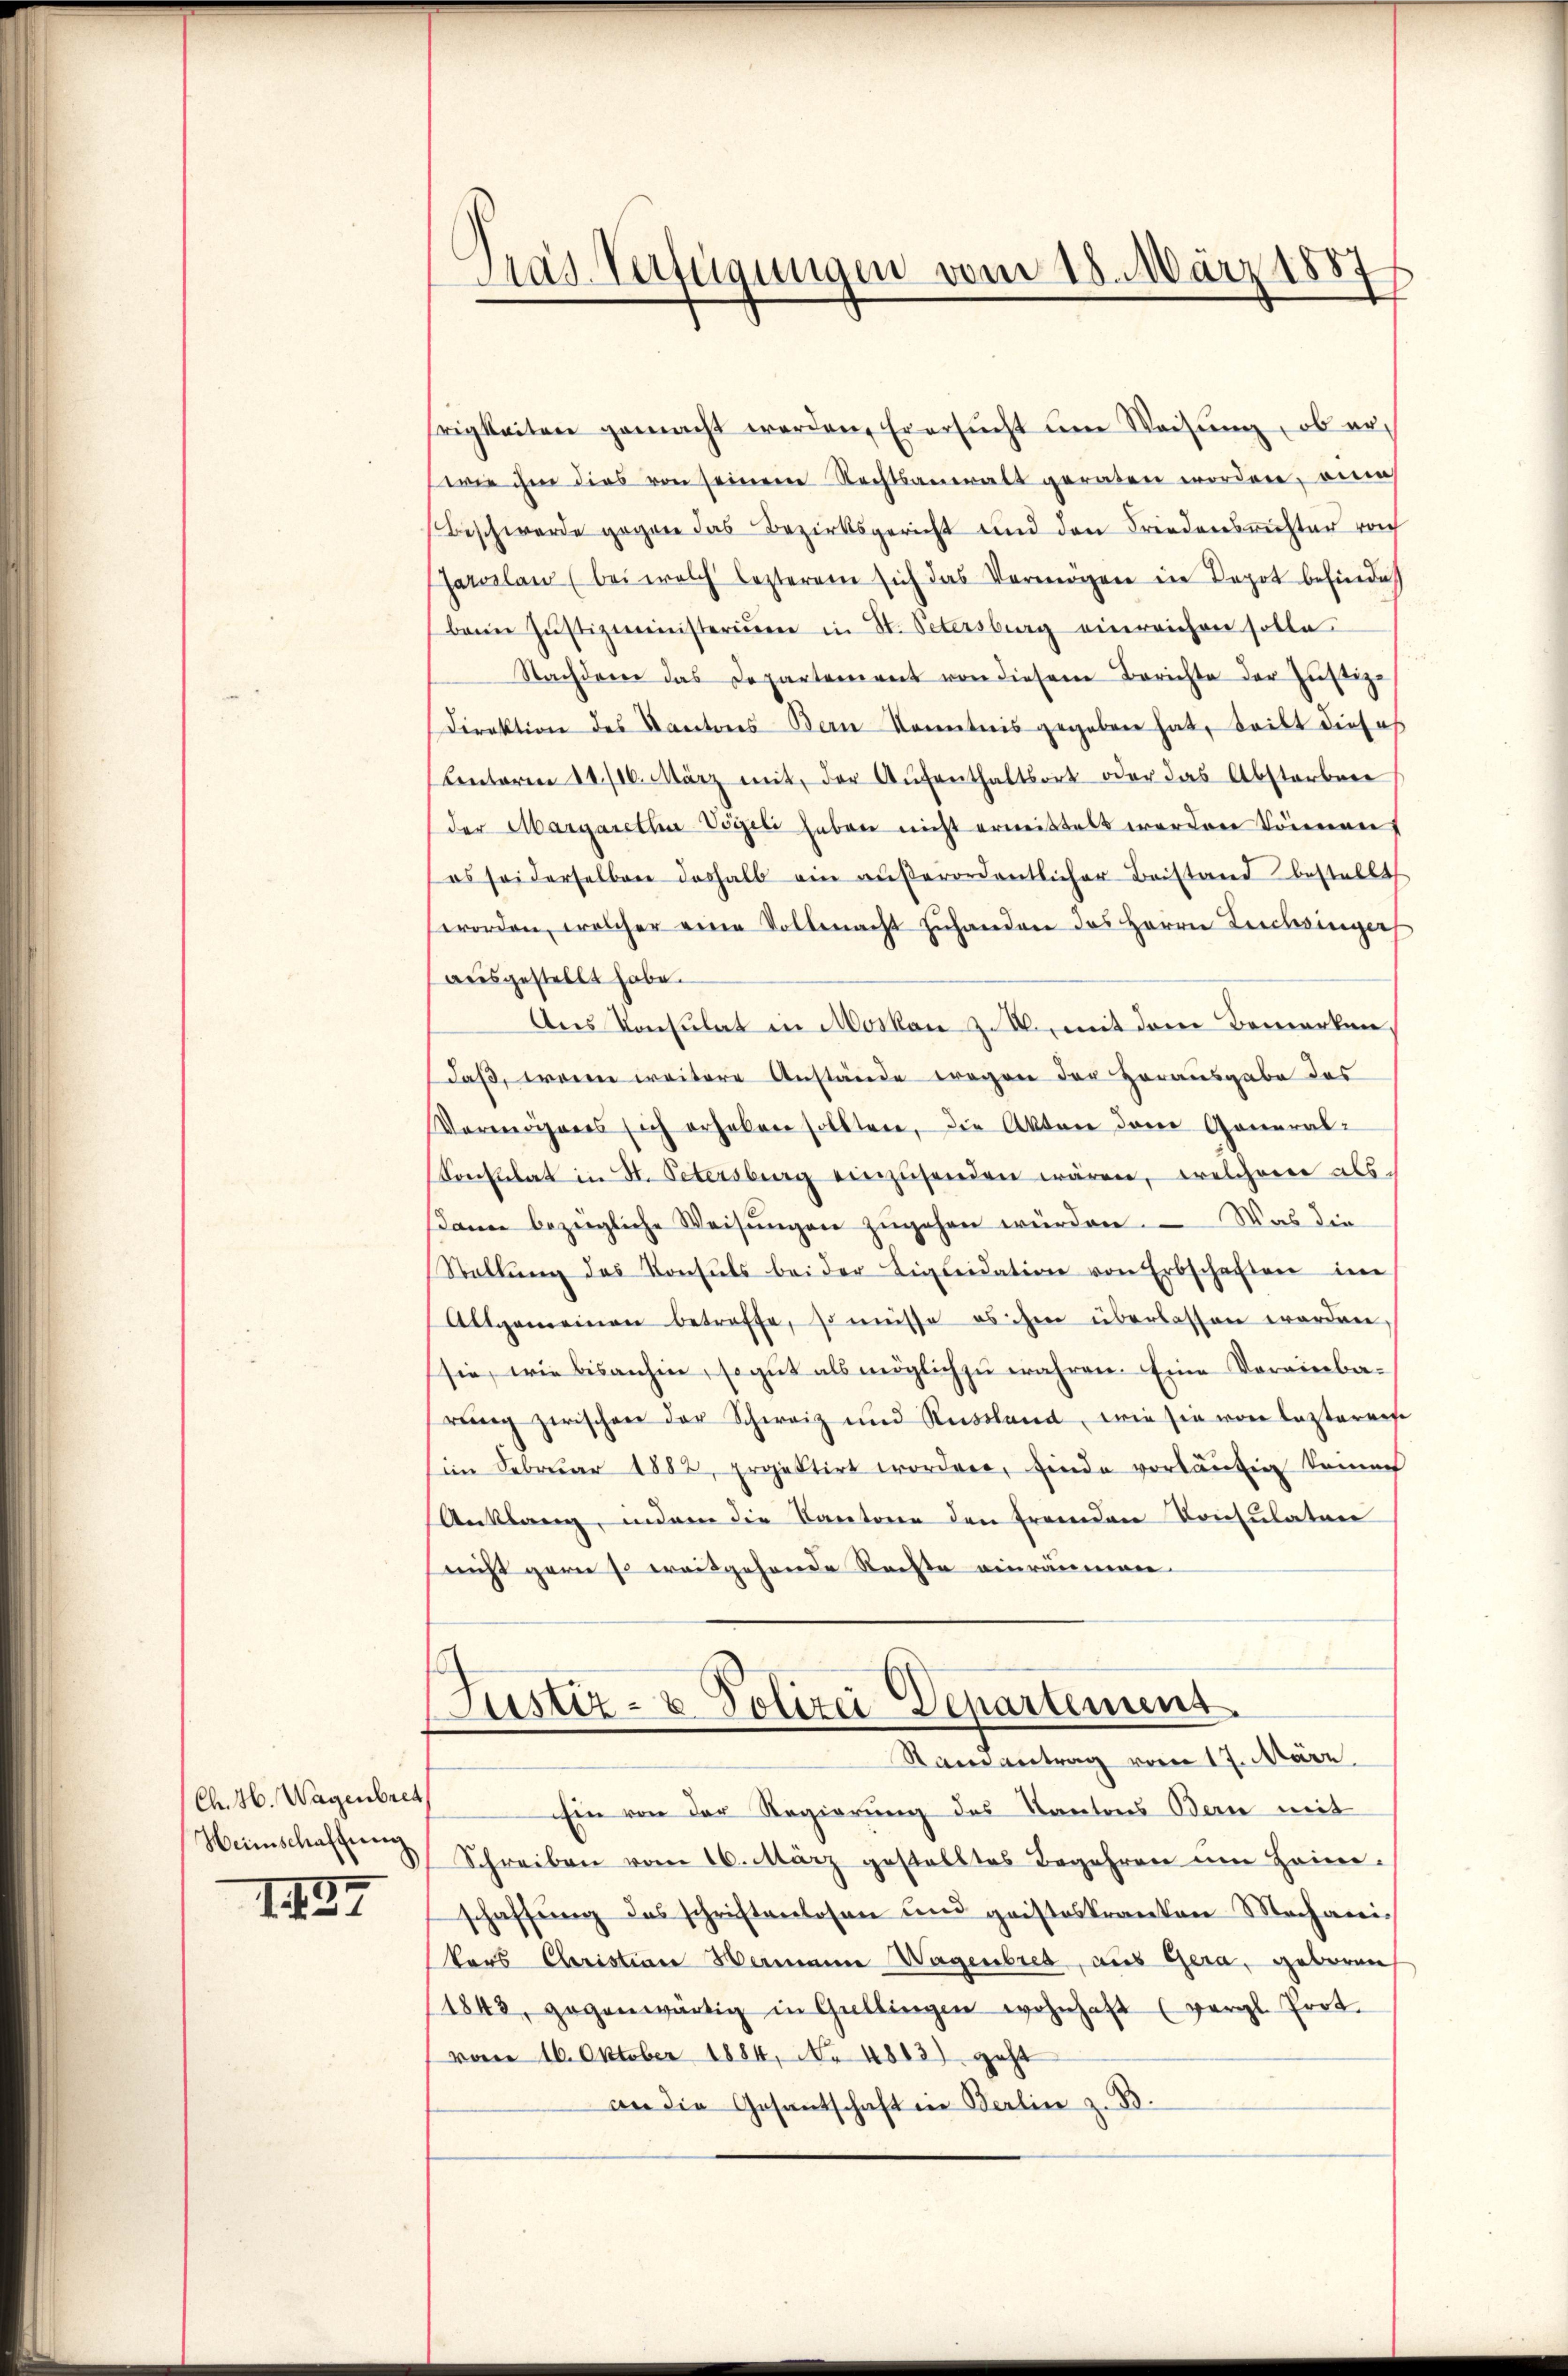
Ch. H. Wagenbret
Heimschaffung

1437

Pras Verfügungen vom 18. März 1887

rigkeiten gemacht werden, Er ersŭcht um Weisŭng, ob er,
wie ihm dies von seinem Rechtsanwalt geraten worden, ein
Beschwerde gegen das Bezirksgericht und den Friedensrichter von
sarealen (bei welch lezterem sich das Vermögen in Depot befindet
baim Justizministerium in St. Petersburg einreichen solle
Nachdem das Departement von diesem Berichte der Justiz-
Direktion des Kantones Bern Kenntnis gegeben hat, teilt dieses
(Unterm 11./10. März mit der Aŭfenthaltsort oder das Absterbere
der Margaretha Vögeli haben nicht ermittelt werden können
es sei derselben deshalb ein aŭβerordentlicher Beistand bestellt
worden, welcher eine Vollmacht zuhanden das Herrn Leichsinger
ausgestellt habe.
Aus Konsulat in Moskau z. B., mit dem Bemerken
daß, wenn weitere Anstände wegen der Herausgabe des
Vermögens sich erhoben sollten, die Akten dem General-
onsulat in St. Petersburg einzŭsenden wären, welcherer als-
dann bezügliche Weisŭngen zŭgehen würden. Was die
Stellŭng des Konsuls bei der Ligluidation von Erbschaften im
Altgemeinen betreffe, so müsse es ihm überlassen worden
sie, wie bisanhin, so gut als möglich zu wahren. Eine Voreinbarŭng zwischen der Schweiz und Russland, wie sie von leztereise
im Februar 1882, projektirt worden, finde vorläufig keinen
Anklang, indem die Kantone den fremden Konsulaten
snicht gern so weitgehende Rechte einräumen
Justiz- & Polizei Departement
Randantrag vom 17. März
Ein von der Regierung des Kantons Bern mit
Schreiben vom 16. März gestelltes Begehren um Hein-
schaffŭng des schriftenlosen und gristeskranten Mechanis
kars Christian Hermanne Wagenbres, aus Gera, geboren
1843, gegenwärtig in Gullingen wohnhaft (vergl. Prot.
vom 16. Oktober 1884, No 4813) geht
an die Gesantschaft in Berlin z. B.